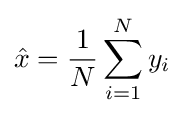
{\hat {x}}={\frac {1}{N}}\sum _{i=1}^{N}y_{i}